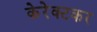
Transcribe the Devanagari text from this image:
केरेक्टकर